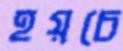
হয়চে